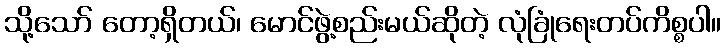
သို့သော် တော့ရှိတယ်၊ မောင်ဖွဲ့စည်းမယ်ဆိုတဲ့ လုံခြုံရေးတပ်ကိစ္စပါ။